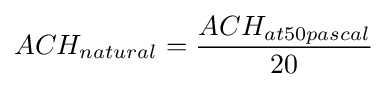
ACH_{natural}={ACH_{at50pascal} \over 20}\,\!